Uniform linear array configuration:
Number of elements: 32
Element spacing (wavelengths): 0.5
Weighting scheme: blackman
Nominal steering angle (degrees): -60
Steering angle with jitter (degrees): -60.973
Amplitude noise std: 0.05
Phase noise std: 0.05

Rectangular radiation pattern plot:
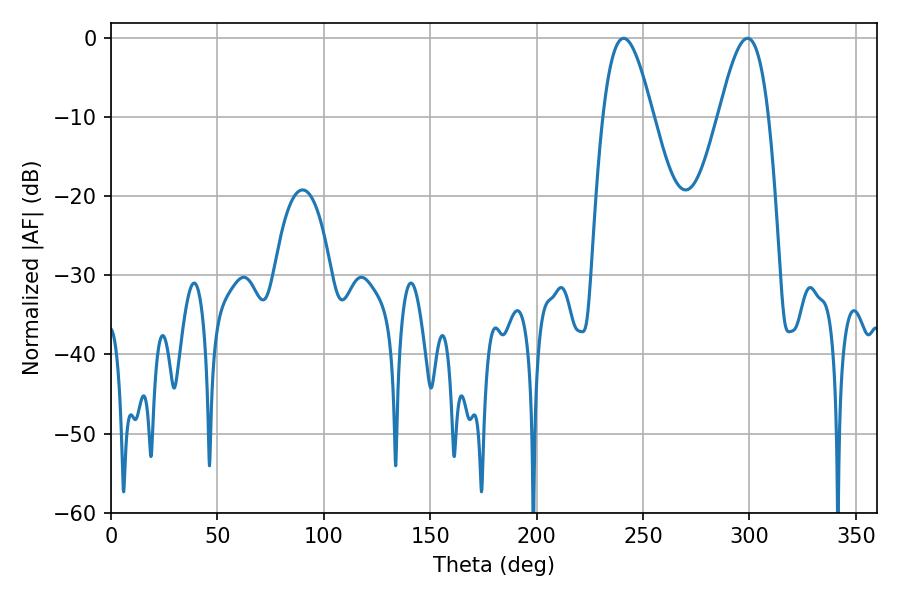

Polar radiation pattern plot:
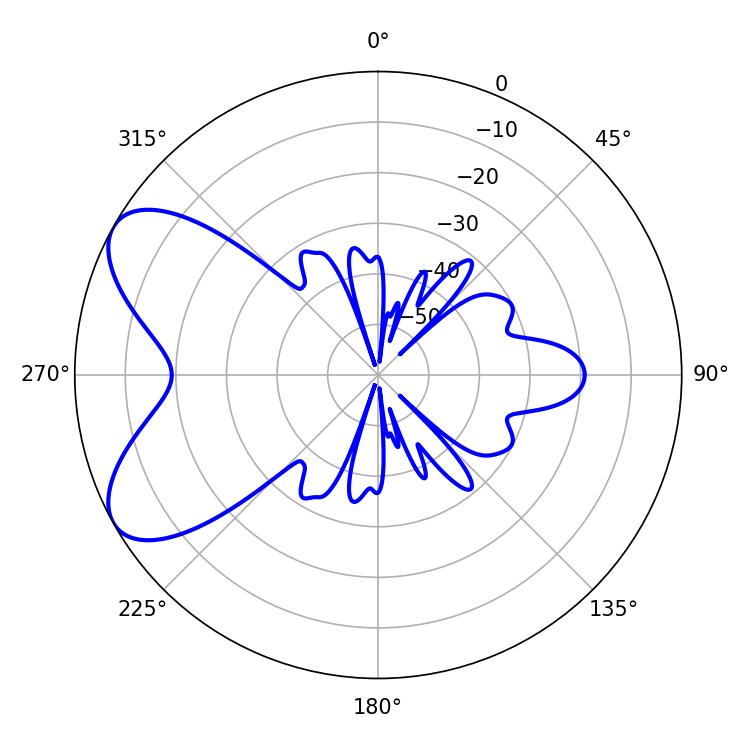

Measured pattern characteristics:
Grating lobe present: FALSE
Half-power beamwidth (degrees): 12.6
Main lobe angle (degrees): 240.84